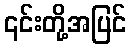
၎င်းတို့အပြင်